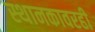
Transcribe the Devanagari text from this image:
स्थानकावरही